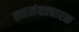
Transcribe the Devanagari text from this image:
सहप्रांतप्रचारक